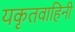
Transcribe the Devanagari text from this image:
यकृतवाहिनी